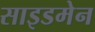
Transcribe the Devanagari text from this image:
साइडमेन